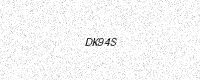
Text: DK94S